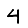
Digit: 4